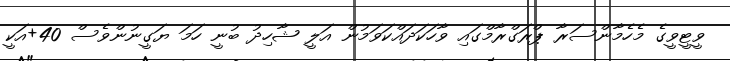
ވީޓީވީގެ މެހެމާންސަރާ ޕްރަގްރާމްގައި ވާހަކަދައްކަވަމުން އަލީ ޝާހިދު ބުނީ ހަމަ ޔަގީނުންވެސް 40+އަކީ